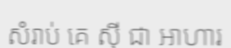
សំរាប់ គេ ស៊ី ជា អាហារ